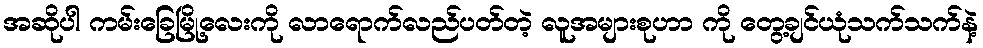
အဆိုပါ ကမ်းခြေမြို့လေးကို လာရောက်လည်ပတ်တဲ့ လူအများစုဟာ ကို တွေ့ချင်ယုံသက်သက်နဲ့